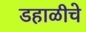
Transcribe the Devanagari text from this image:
डहाळीचे